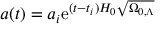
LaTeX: a ( t ) = a _ { i } \mathrm { e } ^ { ( t - t _ { i } ) H _ { 0 } { \sqrt { \Omega _ { 0 , \Lambda } } } }